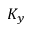
K _ { y }